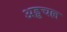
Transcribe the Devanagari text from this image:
अड्डचल्ल